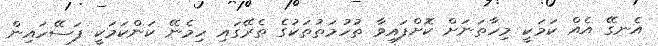
އެނގޭ އެއް ކަމަކީ މިހާތަނަށް ކޮށްފައިވާ ތުހުމަތުތަކުގެ ތެރޭގައި ހިމެނޭ ކަންކަމަކީ ފަސޭހައިން